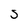
Character: S